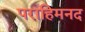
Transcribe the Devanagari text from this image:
पराहिमनद